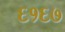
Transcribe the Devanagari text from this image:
६१६७